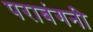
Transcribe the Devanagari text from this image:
पराबंगनी